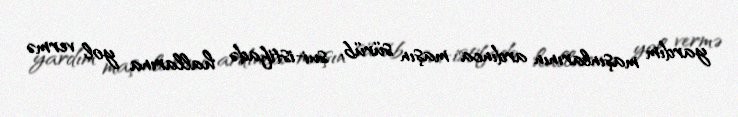
yardım maşınlarının ardınca maşın sürüb, sui-istifadə hallarına yol vermə